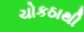
ચોકઠાથી